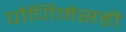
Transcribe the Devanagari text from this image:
पौर्णिमेसही